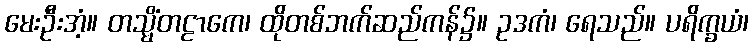
မေးဦးအံ့။ တသ္မိံတဠာကေ၊ ထိုတစ်ဘက်ဆည်ကန်၌။ ဥဒကံ၊ ရေသည်။ ပရိက္ခယံ၊